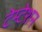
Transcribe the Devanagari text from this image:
टेम्टेशन